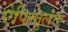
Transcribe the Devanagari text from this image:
ऐपिस्तुलाए